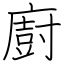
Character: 廚